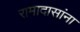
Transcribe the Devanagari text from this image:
रामादासांना